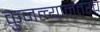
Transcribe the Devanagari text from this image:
कुजल्यानंतरच